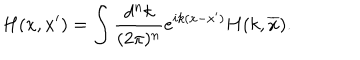
H ( x , x ^ { \prime } ) = \int \frac { d ^ { n } k } { ( 2 \pi ) ^ { n } } e ^ { i k ( x - x ^ { \prime } ) } H ( k , \overline { { x } } ) .